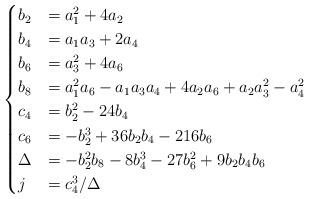
LaTeX: \begin{align*}\begin{cases}b_2 &= a_1^2 + 4 a_2\\b_4 &= a_1 a_3 + 2 a_4\\b_6 &= a_3^2 + 4 a_6\\b_8 &= a_1^2 a_6 - a_1 a_3 a_4 + 4 a_2 a_6 + a_2 a_3^2 - a_4^2\\c_4 &= b_2^2 - 24 b_4\\c_6 &= -b_2^3 + 36 b_2 b_4 - 216 b_6\\\Delta &= -b_2^2 b_8 - 8 b_4^3 - 27 b_6^2 + 9 b_2 b_4 b_6\\j& = {c_4^3}/{\Delta}\end{cases}\end{align*}